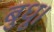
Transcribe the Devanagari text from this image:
बुधू।